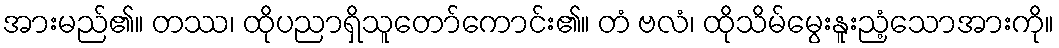
အားမည်၏။ တဿ၊ ထိုပညာရှိသူတော်ကောင်း၏။ တံ ဗလံ၊ ထိုသိမ်မွေးနူးညံ့သောအားကို။